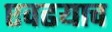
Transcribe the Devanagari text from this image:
एवढयाच